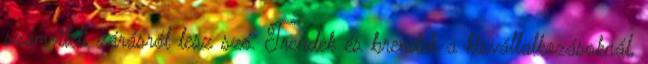
számviteli zárásról lesz szó. Trendek és brendek a kisvállalkozásoknál,